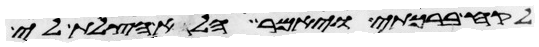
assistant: לקח ברכתי ויאמר הלא הצלת לי